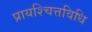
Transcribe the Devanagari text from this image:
प्रायश्चित्तविधि